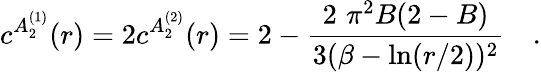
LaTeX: c^{A_{2}^{(1)}}(r)=2c^{A_{2}^{(2)}}(r)=2-\frac{2\, \, \pi^{2}B(2-B)}{3(\beta-\ln(r/2))^{2}}\quad.